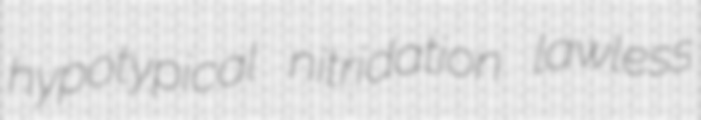
hypotypical nitridation lawless